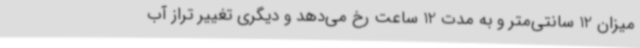
میزان 12 سانتی‌متر و به مدت 12 ساعت رخ می‌دهد و دیگری تغییر تراز آب